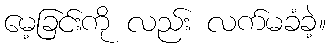
မေ့ခြင်းကို လည်း လက်မခံခဲ့။